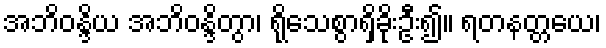
အဘိဝန္ဒိယ အဘိဝန္ဒိတွာ၊ ရိုသေစွာရှိခိုးဦး၍။ ရတနတ္တယေ၊